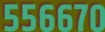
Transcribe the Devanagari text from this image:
५५६६७०